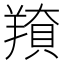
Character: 𦎳